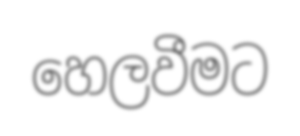
හෙලවීමට